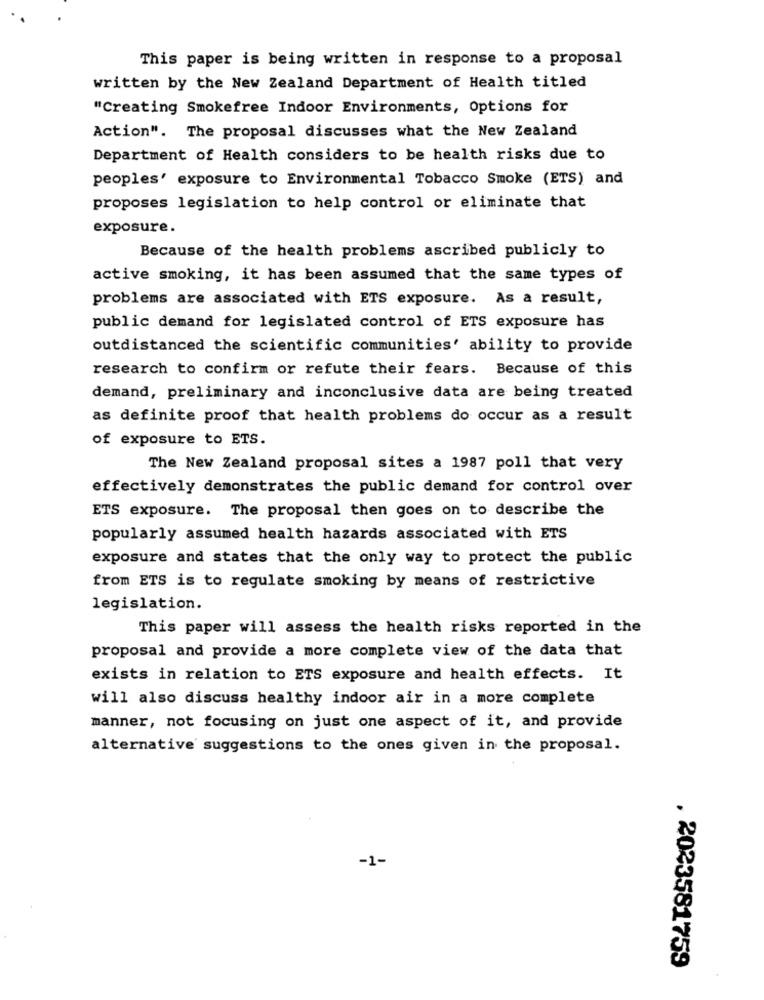
This paper is being written in response to a proposal
written by the New Zealand Department of Health titled
"Creating Smokefree Indoor Environments, Options for
Action". The proposal discusses what the New Zealand
Department of Health considers to be health risks due to
peoples' exposure to Environmental Tobacco Smoke (ETS) and
proposes legislation to help control or eliminate that
exposure.
Because of the health problems ascribed publicly to
active smoking, it has been assumed that the same types of
problems are associated with ETS exposure. As a result,
public demand for legislated control of ETS exposure has
outdistanced the scientific communities' ability to provide
research to confirm or refute their fears. Because of this
demand, preliminary and inconclusive data are being treated
as definite proof that health problems do occur as a result
of exposure to ETS.
The New Zealand proposal sites a 1987 poll that very
effectively demonstrates the public demand for control over
ETS exposure. The proposal then goes on to describe the
popularly assumed health hazards associated with ETS
exposure and states that the only way to protect the public
from ETS is to regulate smoking by means of restrictive
legislation.
This paper will assess the health risks reported in the
proposal and provide a more complete view of the data that
exists in relation to ETS exposure and health effects. It
will also discuss healthy indoor air in a more complete
manner, not focusing on just one aspect of it, and provide
alternative suggestions to the ones given in the proposal.
-1-
. 2023581759